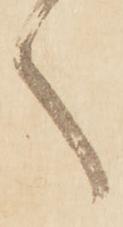
ゝ